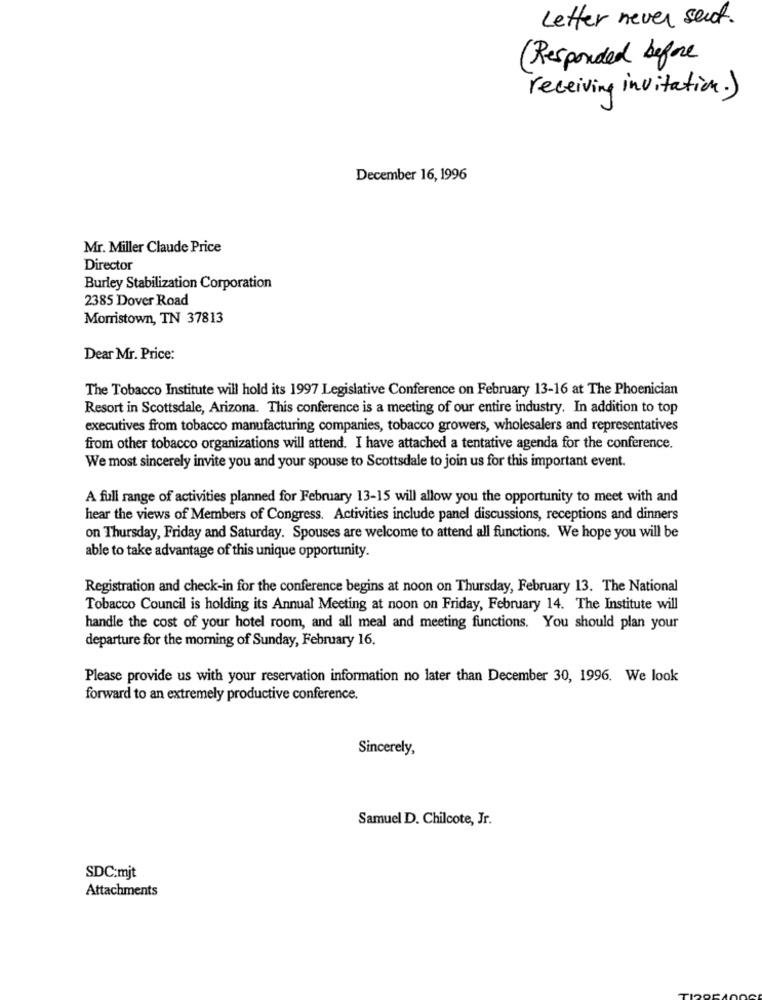
Letter never sent.
(Responded before
receiving invitation. )
December 16, 1996
Mr. Miller Claude Price
Director
Burley Stabilization Corporation
2385 Dover Road
Morristown, TN 37813
Dear Mr. Price:
The Tobacco Institute will hold its 1997 Legislative Conference on February 13-16 at The Phoenician
Resort in Scottsdale, Arizona. This conference is a meeting of our entire industry. In addition to top
executives from tobacco manufacturing companies, tobacco growers, wholesalers and representatives
from other tobacco organizations will attend. I have attached a tentative agenda for the conference.
We most sincerely invite you and your spouse to Scottsdale to join us for this important event.
A full range of activities planned for February 13-15 will allow you the opportunity to meet with and
hear the views of Members of Congress. Activities include panel discussions, receptions and dinners
on Thursday, Friday and Saturday. Spouses are welcome to attend all functions. We hope you will be
able to take advantage of this unique opportunity.
Registration and check-in for the conference begins at noon on Thursday, February 13. The National
Tobacco Council is holding its Annual Meeting at noon on Friday, February 14. The Institute will
handle the cost of your hotel room, and all meal and meeting functions. You should plan your
departure for the morning of Sunday, February 16.
Please provide us with your reservation information no later than December 30, 1996. We look
forward to an extremely productive conference.
Sincerely,
Samuel D. Chilcote, Jr.
SDC:mjt
Attachments